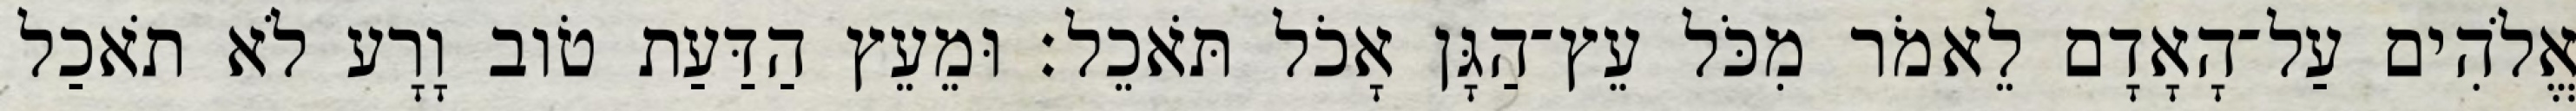
אֱלֹהִים עַל־הָאָדָם לֵאמֹר מִכֹּל עֵץ־הַגָּן אָכֹל תֹּאכֵל׃ וּמֵעֵץ הַדַּעַת טֹוב וָרָע לֹא תֹאכַל